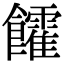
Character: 𩟯